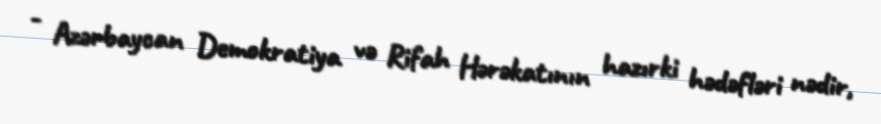
- Azərbaycan Demokratiya və Rifah Hərəkatının hazırki hədəfləri nədir,